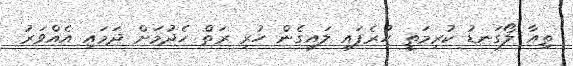
ތިއާ ލޯގަނޑު ކުރިމަތީ ހުރެފައި ލައިގެން ހުރި ރަތް ހެދުމަށް ދަމައި އެއްވަރު